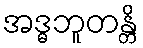
အဒ္ဓဘူတန္တိ